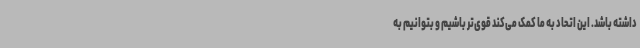
داشته باشد. این اتحاد به ما کمک می‌کند قوی‌تر باشیم و بتوانیم به